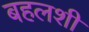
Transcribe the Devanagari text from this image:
बहलशी